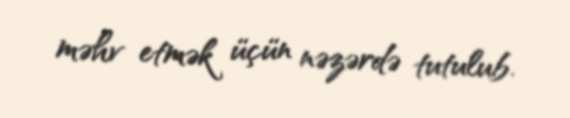
məhv etmək üçün nəzərdə tutulub.